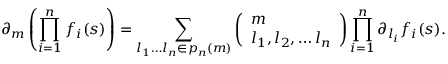
\partial _ { m } \left( \prod _ { i = 1 } ^ { n } f _ { i } ( s ) \right) = \sum _ { l _ { 1 } \ldots l _ { n } \in p _ { n } ( m ) } \left( \begin{array} { l } { m } \\ { l _ { 1 } , l _ { 2 } , \ldots l _ { n } } \end{array} \right) \prod _ { i = 1 } ^ { n } \partial _ { l _ { i } } f _ { i } ( s ) .